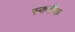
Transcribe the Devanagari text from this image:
स्क्वीक